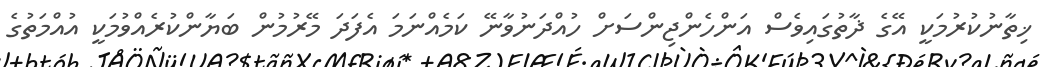
ޚިތާނުކުރުމަކީ އޭގެ ޛާތުގައިވެސް އަންހެންޖިންސަށް ހުއްދަނުވާނޭ ކަމެއްނަމަ އެފަދަ މޭރުމުން ބަޔާންކުރެއްވުމަކީ އުއްމަތުގެ